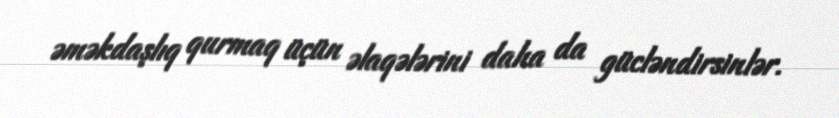
əməkdaşlıq qurmaq üçün əlaqələrini daha da gücləndirsinlər.